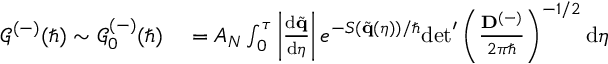
\begin{array} { r l } { \mathcal { G } ^ { ( - ) } ( \hbar ) \sim \mathcal { G } _ { 0 } ^ { ( - ) } ( \hbar ) } & { { } = A _ { N } \int _ { 0 } ^ { \tau } \left| \frac { \mathrm { d } \tilde { \mathbf { q } } } { \mathrm { d } \eta } \right| e ^ { - S ( \tilde { \mathbf { q } } ( \eta ) ) / \hbar } \mathrm { d e t } ^ { \prime } \left( \frac { \mathbf { D } ^ { ( - ) } } { 2 \pi \hbar } \right) ^ { - 1 / 2 } \mathrm { d } \eta } \end{array}